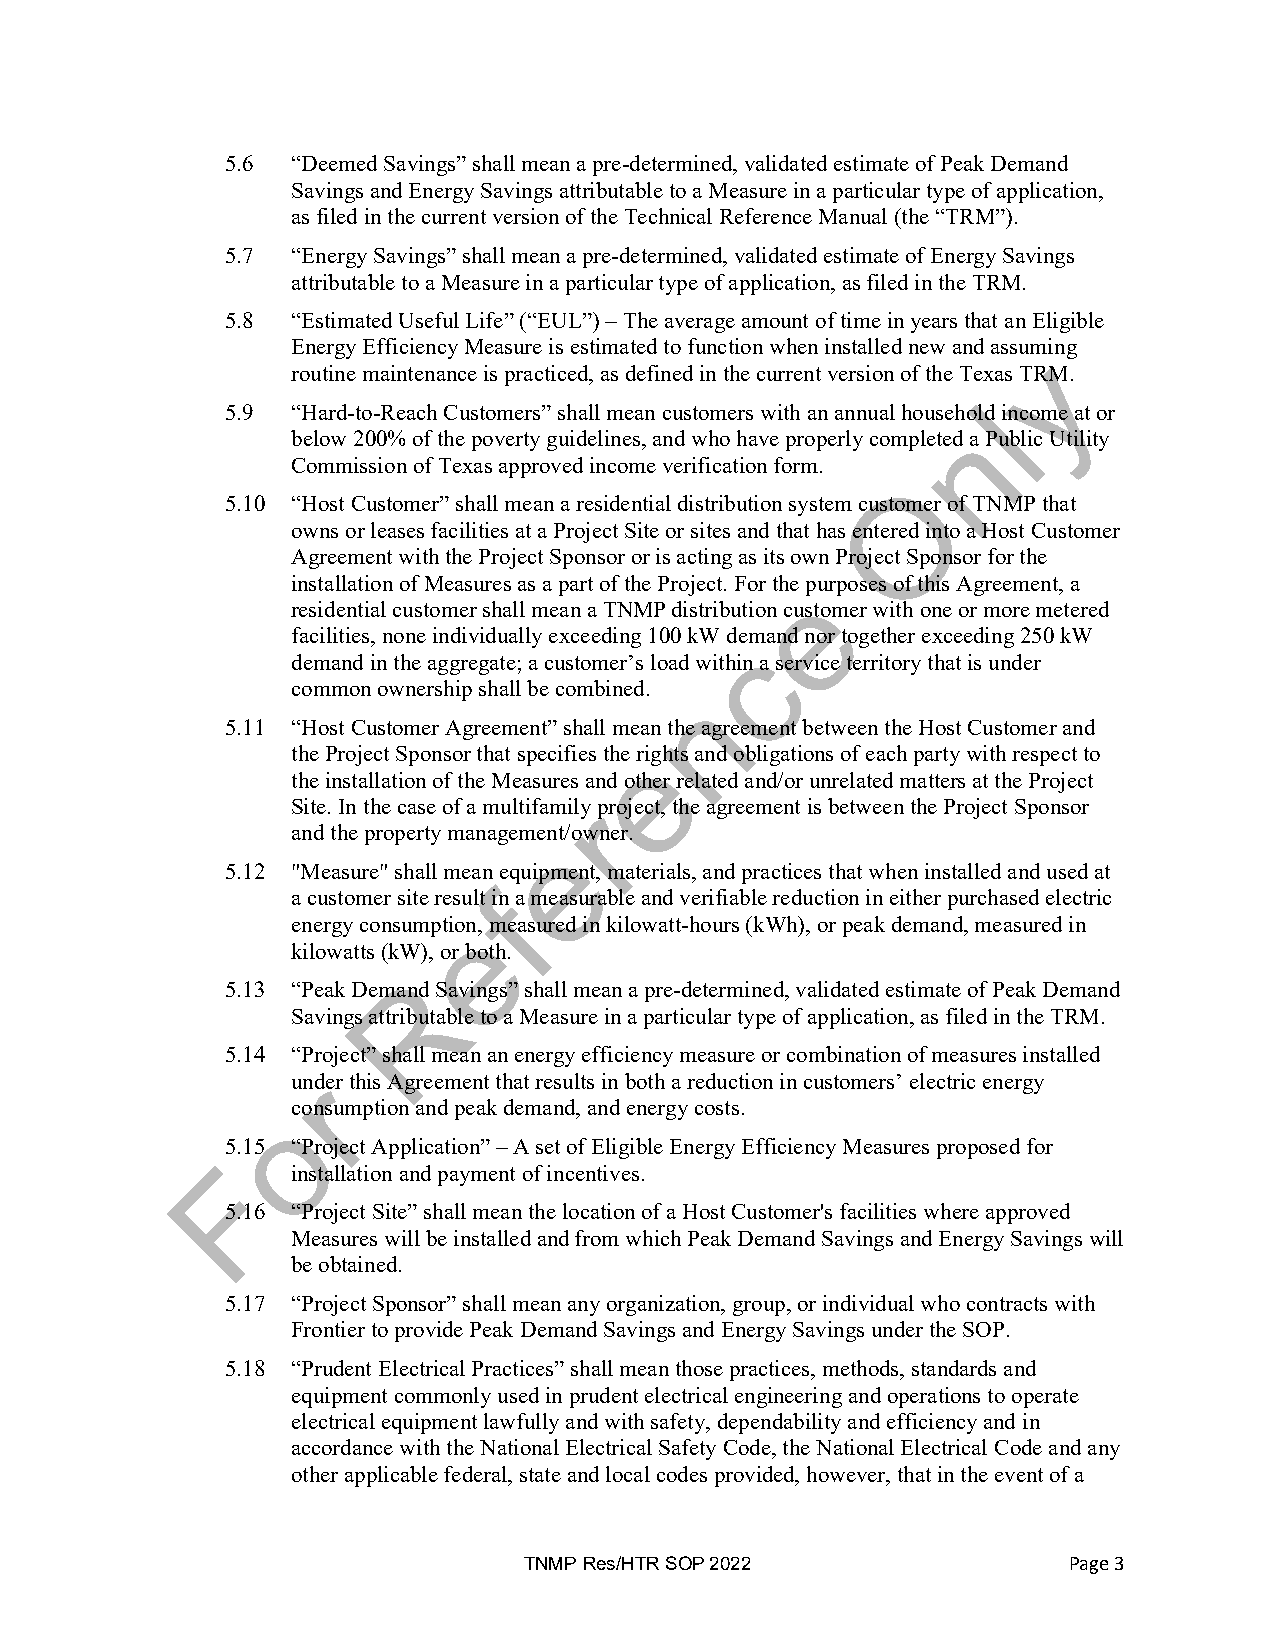
5.6 “Deemed Savings” shall mean a pre-determined, validated estimate of Peak Demand
 Savings and Energy Savings attributable to a Measure in a particular type of application,
 as filed in the current version of the Technical Reference Manual (the “TRM”).
 5.7 “Energy Savings” shall mean a pre-determined, validated estimate of Energy Savings
 attributable to a Measure in a particular type of application, as filed in the TRM.
 5.8 “Estimated Useful Life” (“EUL”) – The average amount of time in years that an Eligible
 Energy Efficiency Measure is estimated to function when installed new and assuming
 routine maintenance is practiced, as defined in the current version of the Texas TRM.
 5.9 “Hard-to-Reach Customers” shall mean customers with an annual household income at or
 below 200% of the poverty guidelines, and who have properly completed a Public Utility
 Commission of Texas approved income verification form.
 5.10 “Host Customer” shall mean a residential distribution system customer of TNMP that
 owns or leases facilities at a Project Site or sites and that has entered into a Host Customer
 Agreement with the Project Sponsor or is acting as its own Project Sponsor for the
 installation of Measures as a part of the Project. For the purposes of this Agreement, a
 residential customer shall mean a TNMP distribution customer with one or more metered
 facilities, none individually exceeding 100 kW demand nor together exceeding 250 kW
 demand in the aggregate; a customer’s load within a service territory that is under
 common ownership shall be combined.
 5.11 “Host Customer Agreement” shall mean the agreement between the Host Customer and
 the Project Sponsor that specifies the rights and obligations of each party with respect to
 the installation of the Measures and other related and/or unrelated matters at the Project
 Site. In the case of a multifamily project, the agreement is between the Project Sponsor
 and the property management/owner.
 5.12 "Measure" shall mean equipment, materials, and practices that when installed and used at
 a customer site result in a measurable and verifiable reduction in either purchased electric
 energy consumption, measured in kilowatt-hours (kWh), or peak demand, measured in
 kilowatts (kW), or both.
 5.13 “Peak Demand Savings” shall mean a pre-determined, validated estimate of Peak Demand
 Savings attributable to a Measure in a particular type of application, as filed in the TRM.
 5.14 “Project” shall mean an energy efficiency measure or combination of measures installed
 under this Agreement that results in both a reduction in customers’ electric energy
 consumption and peak demand, and energy costs.
 5.15 “Project Application” – A set of Eligible Energy Efficiency Measures proposed for
 installation and payment of incentives.
 5.16 “Project Site” shall mean the location of a Host Customer's facilities where approved
 Measures will be installed and from which Peak Demand Savings and Energy Savings will
 be obtained.
 5.17 “Project Sponsor” shall mean any organization, group, or individual who contracts with
 Frontier to provide Peak Demand Savings and Energy Savings under the SOP.
 5.18 “Prudent Electrical Practices” shall mean those practices, methods, standards and
 equipment commonly used in prudent electrical engineering and operations to operate
 electrical equipment lawfully and with safety, dependability and efficiency and in
 accordance with the National Electrical Safety Code, the National Electrical Code and any
 other applicable federal, state and local codes provided, however, that in the event of a
 TNMP Res/HTR SOP 2022               Page 3